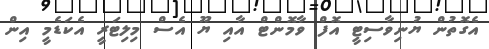
އެގޮތުން ޔުނިވާސިޓީ އޮފް ވާމޮންޓް އާއި ޔޫ އެސް މިލިޓަރީ އެކަޑެމީ އިން